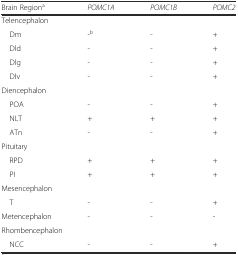
<table><thead><tr><td><b>Brain Region<sup>a</sup></b></td><td><b><i>POMC1A</i></b></td><td><b><i>POMC1B</i></b></td><td><b><i>POMC2</i></b></td></tr></thead><tbody><tr><td colspan="4">Telencephalon</td></tr><tr><td> Dm</td><td>-<sup>b</sup></td><td>-</td><td>+</td></tr><tr><td> Dld</td><td>-</td><td>-</td><td>+</td></tr><tr><td> Dlg</td><td>-</td><td>-</td><td>+</td></tr><tr><td> Dlv</td><td>-</td><td>-</td><td>+</td></tr><tr><td colspan="4">Diencephalon</td></tr><tr><td> POA</td><td>-</td><td>-</td><td>+</td></tr><tr><td> NLT</td><td>+</td><td>+</td><td>+</td></tr><tr><td> ATn</td><td>-</td><td>-</td><td>+</td></tr><tr><td colspan="4">Pituitary</td></tr><tr><td> RPD</td><td>+</td><td>+</td><td>+</td></tr><tr><td> PI</td><td>+</td><td>+</td><td>+</td></tr><tr><td colspan="4">Mesencephalon</td></tr><tr><td> T</td><td>-</td><td>-</td><td>+</td></tr><tr><td>Metencephalon</td><td>-</td><td>-</td><td>-</td></tr><tr><td colspan="4">Rhombencephalon</td></tr><tr><td> NCC</td><td>-</td><td>-</td><td>+</td></tr></tbody></table>